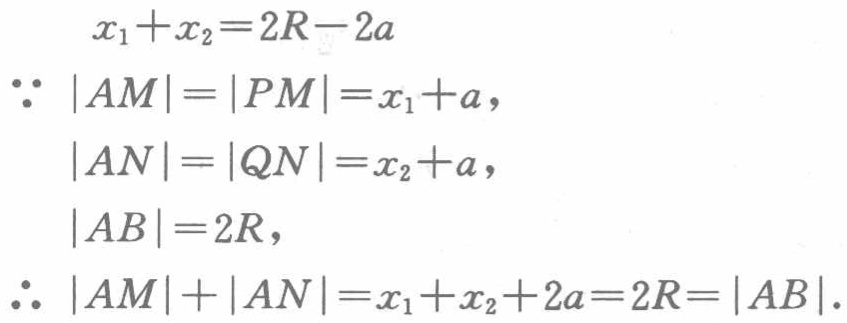
\begin{align*}
x_1 + x_2 &= 2R - 2a\\
\because |AM| &= |PM| = x_1 + a,\\
|AN| &= |QN| = x_2 + a,\\
|AB| &= 2R,\\
\therefore |AM| + |AN| &= x_1 + x_2 + 2a = 2R = |AB|.
\end{align*}